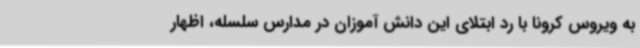
به ویروس کرونا با رد ابتلای این دانش آموزان در مدارس سلسله، اظهار